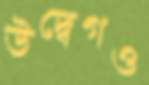
উদ্বেগও